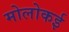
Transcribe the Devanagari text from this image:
मोलोकई